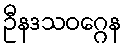
ဦနဒသဝဂ္ဂေန